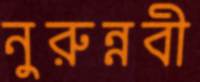
নুরুন্নবী